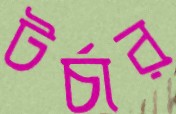
টর্চার